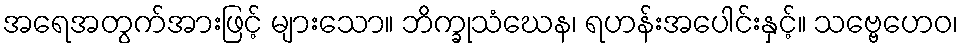
အရေအတွက်အားဖြင့် များသော။ ဘိက္ခုသံဃေန၊ ရဟန်းအပေါင်းနှင့်။ သဗ္ဗေဟေဝ၊